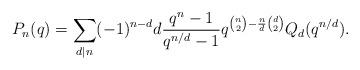
LaTeX: \begin{align*}P_n(q)=\sum_{d\mid n}(-1)^{n-d}d\frac{q^n-1}{q^{n/d}-1}q^{\binom{n}{2}-\frac{n}{d}\binom{d}{2}}Q_d(q^{n/d}).\end{align*}